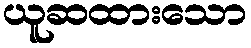
ယူဆထားသော